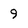
Character: 9